Civil Veterinary Department Bihar & Orissa reports 1929-36 - 1929-1936
Year: 1929
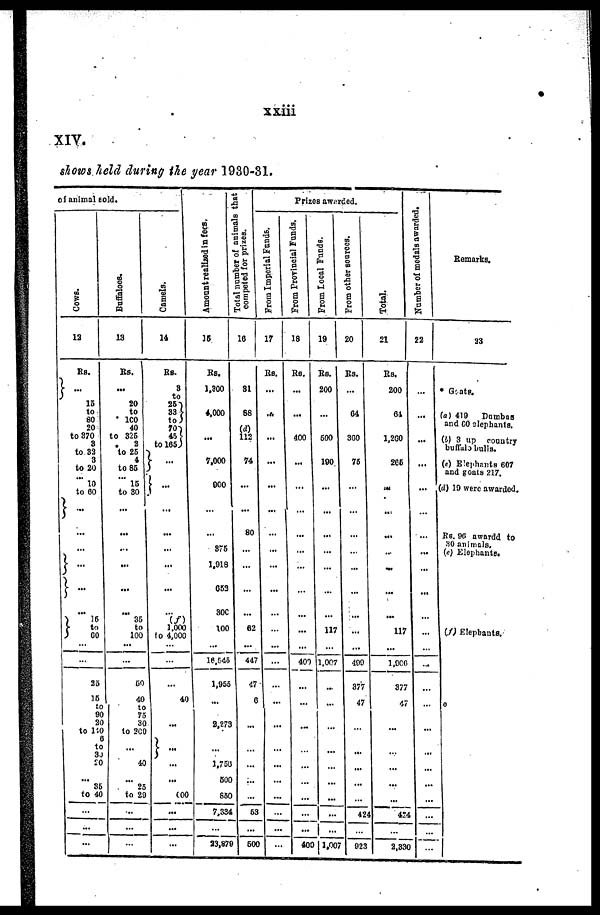
xxiii
XIV.
shows held during the year 1930-31.
of animal sold.
Cows.
12
Rs.
...
15
to
20
to 370
3
to 32
3
to 20
10
to 60
...
...
...
...
...
15
to
60
...
...
25
15
to
9<
2C
to 110
c
to
3J
20
...
35
to 40
...
...
Buffaloes.
13
Rs.
...
20
to
40
to 325
2
to 25
to 85
15
to 30
...
...
...
...
...
...
35
to
100
......
...
50
40
to
75
30
to 200
...
40
...
25
to 20
...
...
...
Camels.
14
Rs.
3
to
25
33
70
45
to 165
...
...
...
...
...
...
...
...
(f)
1,000
0 4,000
...
...
...
40
...
...
...
600
...
...
...
Amount realised in f ees,
15
Rs.
1,300
4,000
...
7,000
900
...
...
1,918
653
300
100
...
16,545
1,955
...
2,273
...
1,750
500
830
7,334
...
23,878
Total number of animals that
competed for prizes.
16
31
68
(d)
112
74
...
...
80
...
...
...
...
62
...
447
...
6
...
...
...
...
...
53
...
500
Prizes awarded.
From Imperial Funds.
17
Rs.
...
...
...
...
...
...
...
...
...
...
...
...
...
...
...
...
...
...
...
...
...
...
...
From Provincial Funds.
18
Rs.
...
...
400
...
...
...
...
...
...
...
...
400
...
...
...
...
...
...
...
...
...
400
From Local Funds.
19
Rs.
200
...
600
190
...
...
...
...
...
...
...
117
1,007
...
...
...
...
...
...
...
...
...
1,007
From other sources.
20
Rs.
...
64
300
75
...
...
...
...
...
...
...
...
499
377
47
...
...
...
...
...
...
424
...
923
Total.
21
Rs.
200
64
1,260
265
...
...
...
...
...
...
...
117
1,906
377
47
...
...
...
...
...
...
424
...
2,330
Number of medals awarded.
22
...
...
...
...
...
...
...
...
...
...
...
...
...
...
...
...
...
...
...
...
...
...
...
...
Remarks.
23
* Goats.
(a) 419
Dumbas
and 60 elephants.
(b) 3 up country
buffalo bulls.
(c) Elephants 607
and goats 217.
(d) 19 were awarded.
Rs. 96 awardd to
30 animals.
(e) Elephants.
(f) Elephants.